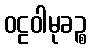
ဝဠဝါမုခဉ္စ